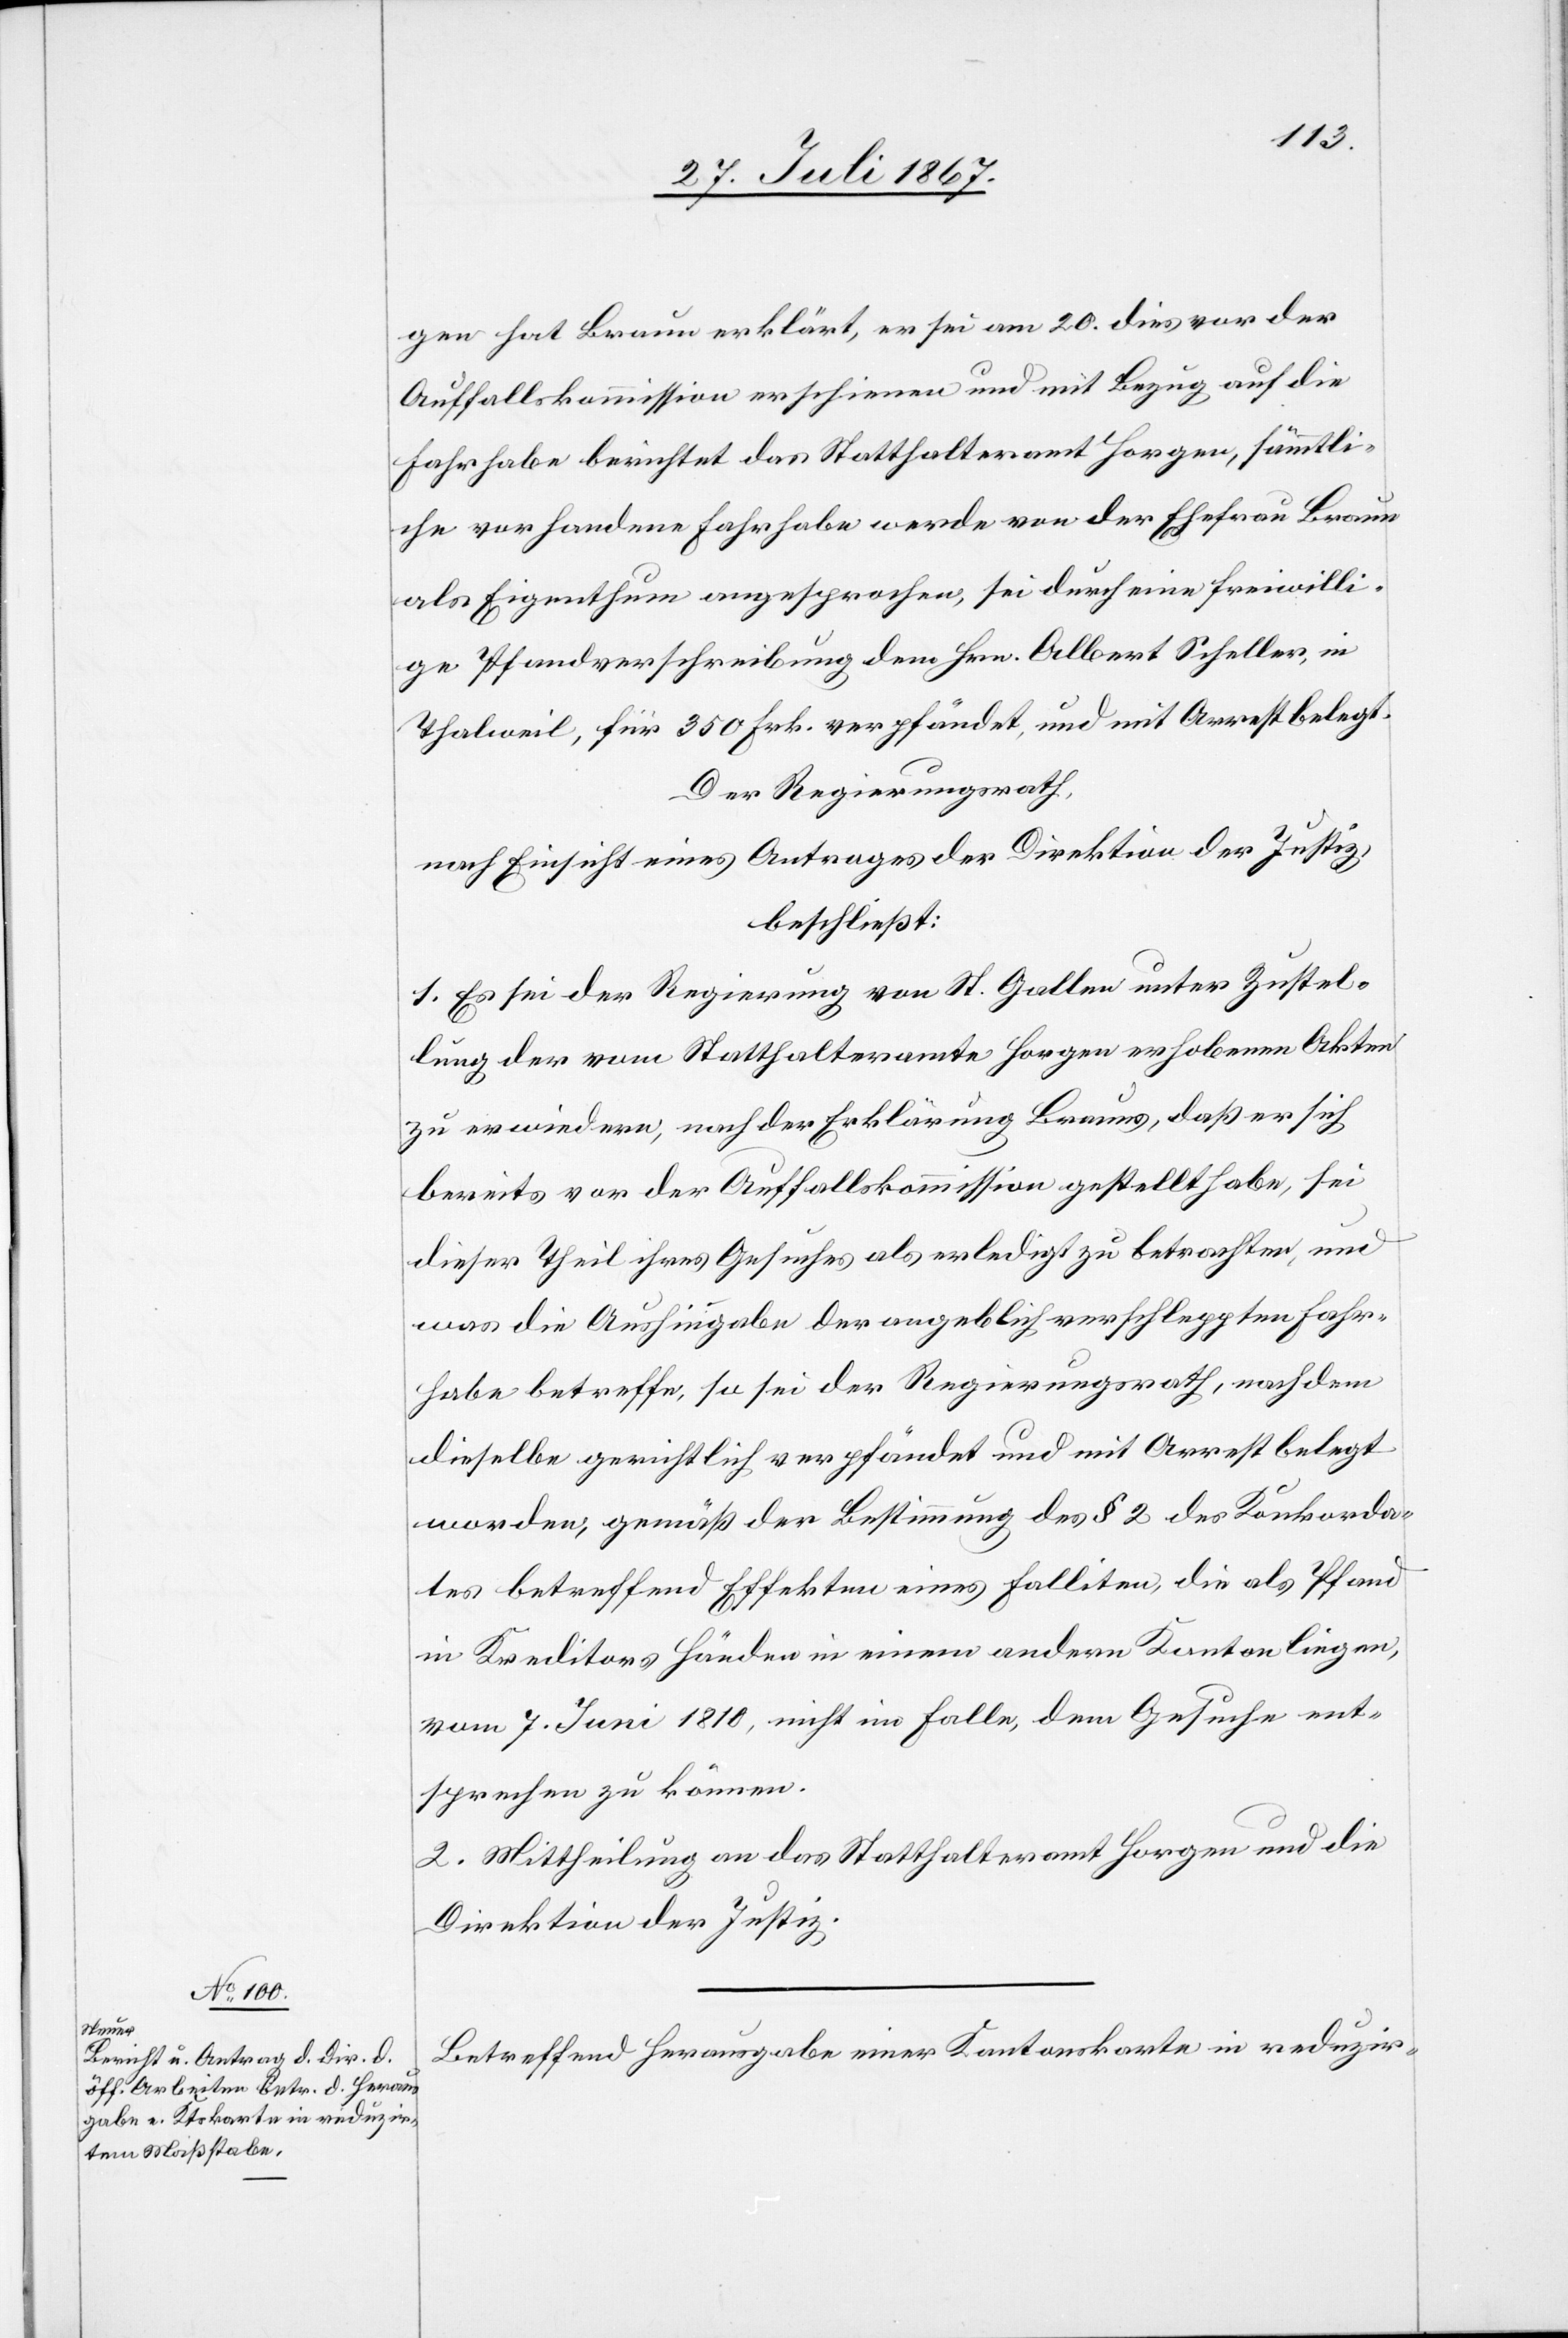
gen hat Braun erklärt, er sei am 20. dies vor der
Auffallskommission erschienen und mit Bezug auf die
Fahrhabe berichtet das Statthalteramt Horgen, sämmtli¬
che vorhandene Fahrhabe werde von der Ehefrau Braun
als Eigenthum angesprochen, sei durch eine freiwilli¬
ge Pfandverschreibung dem Hrn. Albert Scheller, in
Thalweil, für 350 Frk. verpfändet, und mit Arrest belegt.
Der Regierungsrath,
nach Einsicht eines Antrages der Direktion der Justiz,
beschließt:
1. Es sei der Regierung von St. Gallen unter Zustel¬
lung der vom Statthalteramte Horgen erhobenen Akten
zu erwiedern, nach der Erklärung Brauns, daß er sich
bereits vor der Auffallskommission gestellt habe, sei
dieser Theil ihres Gesuches als erledigt zu betrachten, und
was die Aushingabe der angeblich verschleppten Fahr¬
habe betreffe, so sei der Regierungsrath, nachdem
dieselbe gerichtlich verpfändet und mit Arrest belegt
worden, gemäß der Bestimmung des § 2 des Konkorda¬
tes betreffend Effekten eines Falliten, die als Pfand
in Kreditors Händen in einem andern Kanton liegen,
vom 7. Juni 1810, nicht im Falle, dem Gesuche ent¬
sprechen zu können.
2. Mittheilung an das Statthalteramt Horgen und die
Direktion der Justiz.
Betreffend Herausgabe einer Kantonskarte in reduzir-